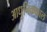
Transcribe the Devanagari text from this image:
आधुनिककाल